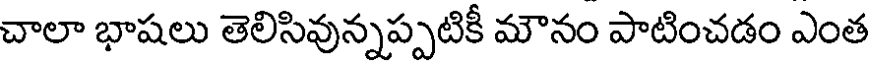
చాలా భాషలు తెలిసివున్నప్పటికీ మౌనం పాటించడం ఎంత